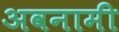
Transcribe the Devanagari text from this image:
अवनामी